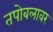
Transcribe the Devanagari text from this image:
तपोबलावर